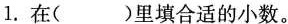
1.在( )里填合适的小数。